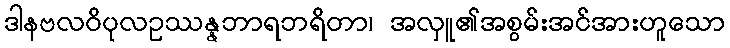
ဒါနဗလဝိပုလဥဿန္နဘာရဘရိတာ၊ အလှူ၏အစွမ်းအင်အားဟူသော